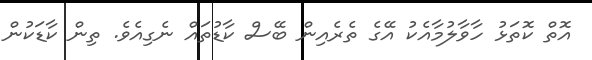
އޮތް ކޮތަޅު ހާވާލުމާއެކު އޭގެ ތެރެއިން ބޭސް ކާޑުތައް ނެގިއެވެ. ތިން ކާޑަކުން